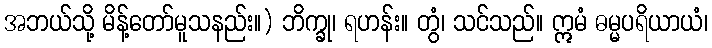
အဘယ်သို့ မိန့်တော်မူသနည်း။) ဘိက္ခု၊ ရဟန်း။ တွံ၊ သင်သည်။ ဣမံ ဓမ္မပရိယာယံ၊